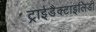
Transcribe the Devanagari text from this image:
ट्राईडैक्टाइलिडी